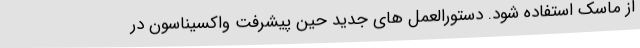
از ماسک استفاده شود. دستورالعمل های جدید حین پیشرفت واکسیناسون در